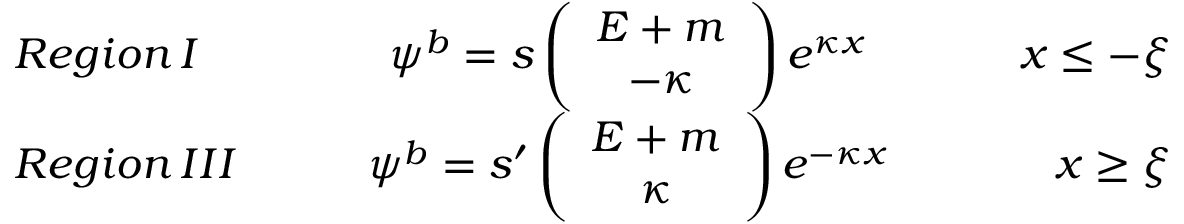
\begin{array} { l c r } { { R e g i o n \, I \qquad } } & { { \psi ^ { b } = s \left( \begin{array} { c } { { E + m } } \\ { { - \kappa } } \end{array} \right) e ^ { \kappa x } } } & { { \qquad x \leq - \xi } } \\ { { R e g i o n \, I I I \qquad } } & { { \psi ^ { b } = s ^ { \prime } \left( \begin{array} { c } { { E + m } } \\ { { \kappa } } \end{array} \right) e ^ { - \kappa x } } } & { { \qquad x \geq \xi } } \end{array}